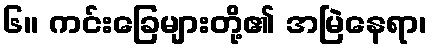
၆။ ကင်းခြေများတို့၏ အမြဲနေရာ၊